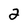
Character: 2